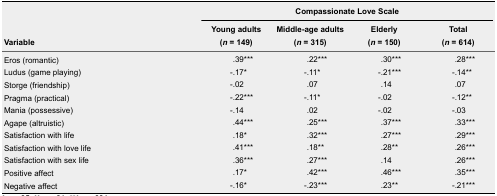
<table><thead><tr><td rowspan="2"><b>Variable</b></td><td colspan="4"><b>Compassionate Love Scale</b></td></tr><tr><td><b>Young adults (<i>n</i> = 149)</b></td><td><b>Middle-age adults (<i>n</i> = 315)</b></td><td><b>Elderly (<i>n</i> = 150)</b></td><td><b>Total (<i>n</i> = 614)</b></td></tr></thead><tbody><tr><td>Eros (romantic)</td><td>.39***</td><td>.22***</td><td>.30***</td><td>.28***</td></tr><tr><td>Ludus (game playing)</td><td>-.17*</td><td>-.11*</td><td>-.21***</td><td>-.14**</td></tr><tr><td>Storge (friendship)</td><td>-.02</td><td>.07</td><td>.14</td><td>.07</td></tr><tr><td>Pragma (practical)</td><td>-.22***</td><td>-.11*</td><td>-.02</td><td>-.12**</td></tr><tr><td>Mania (possessive)</td><td>-.14</td><td>.02</td><td>-.02</td><td>-.03</td></tr><tr><td>Agape (altruistic)</td><td>.44***</td><td>.25***</td><td>.37***</td><td>.33***</td></tr><tr><td>Satisfaction with life</td><td>.18*</td><td>.32***</td><td>.27***</td><td>.29***</td></tr><tr><td>Satisfaction with love life</td><td>.41***</td><td>.18**</td><td>.28**</td><td>.26***</td></tr><tr><td>Satisfaction with sex life</td><td>.36***</td><td>.27***</td><td>.14</td><td>.26***</td></tr><tr><td>Positive affect</td><td>.17*</td><td>.42***</td><td>.46***</td><td>.35***</td></tr><tr><td>Negative affect</td><td>-.16*</td><td>-.23***</td><td>.23**</td><td>-.21***</td></tr></tbody></table>